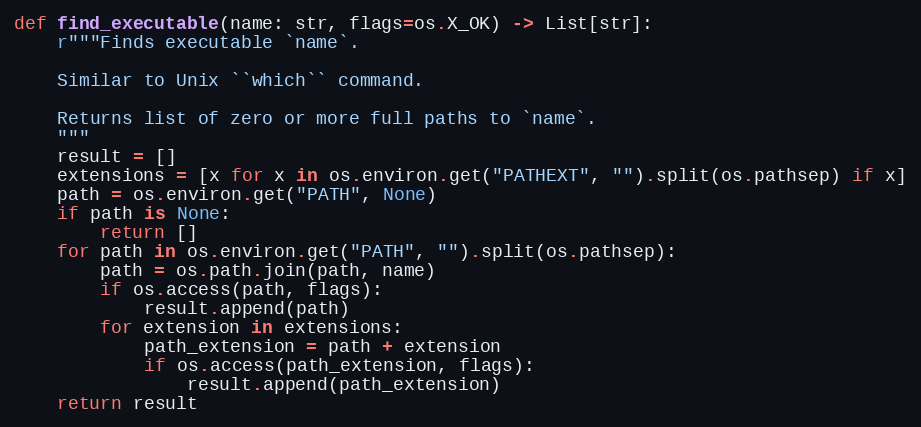
Language: Python
def find_executable(name: str, flags=os.X_OK) -> List[str]:
    r"""Finds executable `name`.

    Similar to Unix ``which`` command.

    Returns list of zero or more full paths to `name`.
    """
    result = []
    extensions = [x for x in os.environ.get("PATHEXT", "").split(os.pathsep) if x]
    path = os.environ.get("PATH", None)
    if path is None:
        return []
    for path in os.environ.get("PATH", "").split(os.pathsep):
        path = os.path.join(path, name)
        if os.access(path, flags):
            result.append(path)
        for extension in extensions:
            path_extension = path + extension
            if os.access(path_extension, flags):
                result.append(path_extension)
    return result